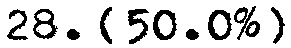
28. {50.0%}